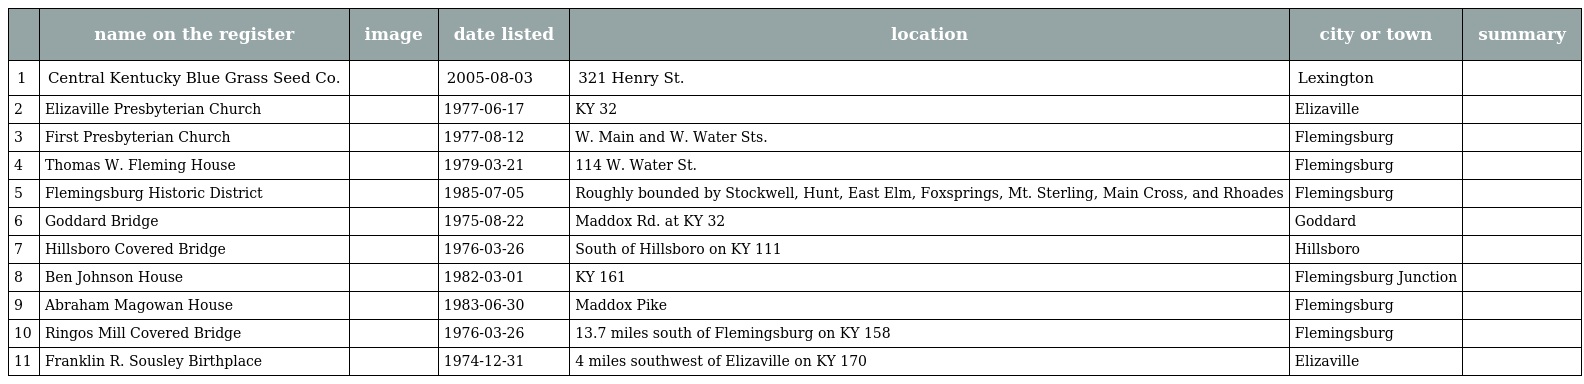
|  | name on the register | image | date listed | location | city or town | summary |
 | --- | --- | --- | --- | --- | --- | --- |
 | 1 | Central Kentucky Blue Grass Seed Co. |  | 2005-08-03 | 321 Henry St. | Lexington |  |
 | 2 | Elizaville Presbyterian Church |  | 1977-06-17 | KY 32 | Elizaville |  |
 | 3 | First Presbyterian Church |  | 1977-08-12 | W. Main and W. Water Sts. | Flemingsburg |  |
 | 4 | Thomas W. Fleming House |  | 1979-03-21 | 114 W. Water St. | Flemingsburg |  |
 | 5 | Flemingsburg Historic District |  | 1985-07-05 | Roughly bounded by Stockwell, Hunt, East Elm, Foxsprings, Mt. Sterling, Main Cross, and Rhoades | Flemingsburg |  |
 | 6 | Goddard Bridge |  | 1975-08-22 | Maddox Rd. at KY 32 | Goddard |  |
 | 7 | Hillsboro Covered Bridge |  | 1976-03-26 | South of Hillsboro on KY 111 | Hillsboro |  |
 | 8 | Ben Johnson House |  | 1982-03-01 | KY 161 | Flemingsburg Junction |  |
 | 9 | Abraham Magowan House |  | 1983-06-30 | Maddox Pike | Flemingsburg |  |
 | 10 | Ringos Mill Covered Bridge |  | 1976-03-26 | 13.7 miles south of Flemingsburg on KY 158 | Flemingsburg |  |
 | 11 | Franklin R. Sousley Birthplace |  | 1974-12-31 | 4 miles southwest of Elizaville on KY 170 | Elizaville |  |